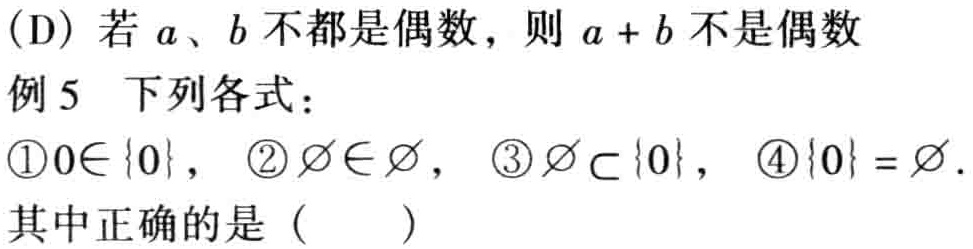
(D) 若 \(a\)、\(b\) 不都是偶数，则 \(a + b\) 不是偶数
例 5 下列各式：
\textcircled{1}\(0\in \{0\}\)， \textcircled{2}\(\varnothing\in\varnothing\)， \textcircled{3}\(\varnothing\subset \{0\}\)， \textcircled{4}\(\{0\}=\varnothing\).
其中正确的是（  ）